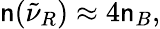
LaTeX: \mathsf{n}({\tilde{{\nu}}}_{R})\approx4\mathsf{n}_{B},